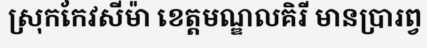
ស្រុកកែវសីម៉ា ខេត្តមណ្ឌលគិរី មានប្រារព្វ